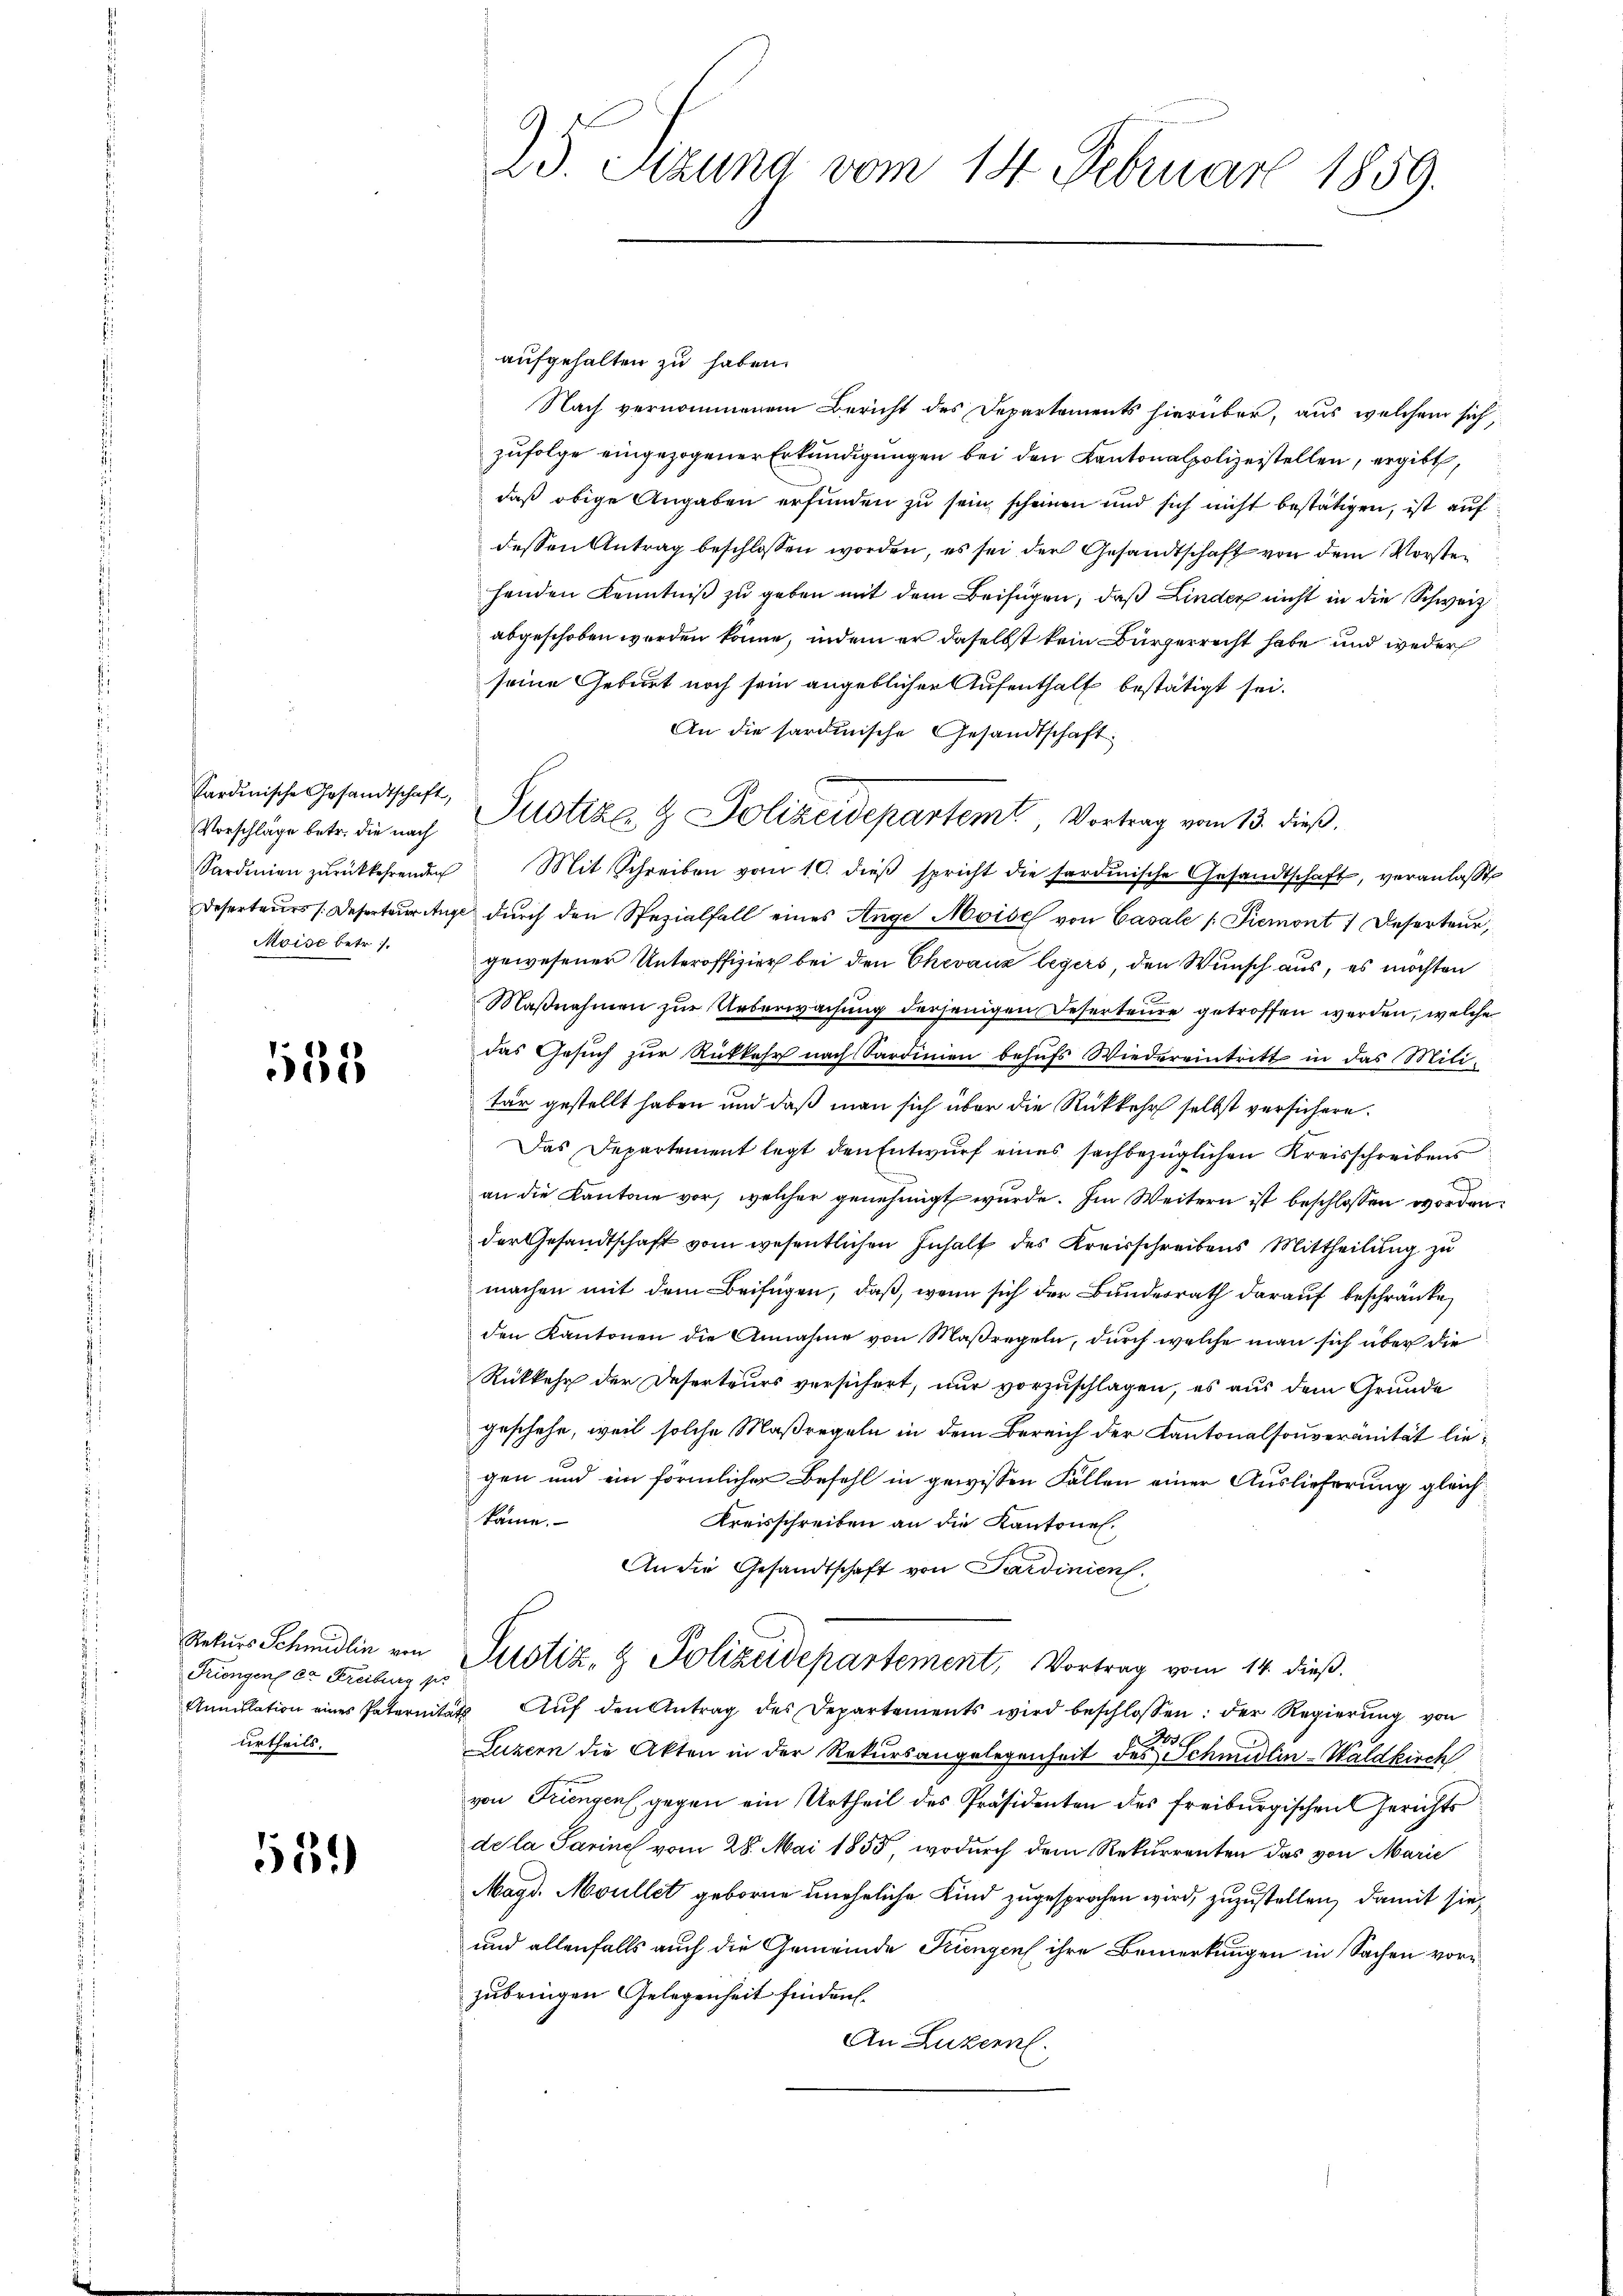
kardinische Gesandtschaft,
Moise betr.

135

Triengen ca Freiburg per
urtheils.

551)

25. Sezung vom 14. Februar 1859.

aufgehalten zu haben.
Nach vernommenem Bericht des Departements hierüber, aus welchem sich,
zufolge eingezogener Erkundigungen bei den Kantonalpolizeistellen, ergibt,
daß obige Angaben erfunden zu sein scheinen und sich nicht bestätigen, ist auf
dessen Antrag beschlossen worden, es sei der Gesandtschaft von dem Vorste
henden Kenntniß zu geben mit dem Beifügen, daß Linder nicht in die Schweiz
abgeschoben werden könne, indem er daselbst kein Bürgerrecht habe und weder
seine Geburt noch sein angeblicher Aufenthalt bestätigt sei.
An die sardinische Gesandtschaft
Vorschläge betr. die nach Justiz- & Polizeidepartemt, Vortrag vom 13. dieß,
Sardinien zŭrückkehrenden Mit Schreiben vom 10. dieβ spricht die sardinische Gesandtschaft, veranlasst
Deserteurs /:Deserteur ange durch den Spezialfall eines Ange Moise von Casale /: Piemont 1 Deserteur,
gewesener Unteroffizier bei den Chevaux legers, den Wunsch aus, es möchten
Maßnahmen zur Ueberwachung derjenigen Deserteure getroffen werden, welche
das Gesuch zur Rükkehr nach Sardinien behufs Wiedereintritt in das Militar gestellt haben und daß man sich über die Rückkehr selbst versichere.
Das Departement legt den Entwurf eines sachbezüglichen Kreisschreibens
x
an die Kantone vor, welcher genehmigt wurde. Im Weitern ist beschlossen worden.
der Gesandtschaft vom wesentlichen Inhalt des Kreisschreibens Mittheilung zu
machen mit dem Beifügen, daß, wenn sich der Bundesrath darauf beschränke,
den Kantonen die Annahme von Maßregeln, durch welche man sich über die
Rükkehr der Deserteurs versichert, nur vorzuschlagen, es aus dem Grunde
geschehe, weil solche Maßregeln in dem Bereich der Kantonalsouveränität liegen und ein förmlicher Befehl in gewissen Fällen einer Auslieferung gleichkäme.
Kreisschreiben an die Kantone.
An die Gesandtschaft von Sardinien.
Rekurs Schmidlin von Justiz- & Polizeidepartement, Vortrag vom 14. dieß.
Annulation eines Paternitäts Aŭf den Antrag des Departements wird beschlossen: der Regierŭng von
Luzern die Akten in der Rekursangelegenheit des Schmidlin-Waldkirch
von Triengen, gegen ein Urtheil des Präsidenten des freiburgischen Gerichts
de la Sarine vom 28. Mai 1855, wodurch dem Rekurrenten das von Marie
Magd. Moullet geborne uneheliche Kind zugesprochen wird, zuzustellen, damit sie
und allenfalls auch die Gemeinde Triengen ihre Bemerkungen in Sachen vorzubringen Gelegenheit finden.
An Luzern.